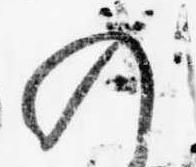
の